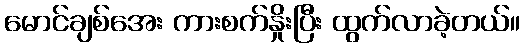
မောင်ချစ်အေး ကားစက်နှိုးပြီး ထွက်လာခဲ့တယ်။